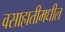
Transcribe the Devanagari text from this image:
वसाहातीमधील